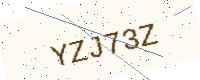
Text: YZJ73Z